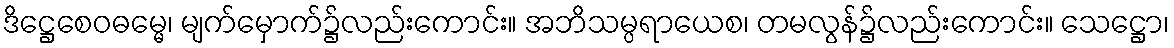
ဒိဋ္ဌေစေဝဓမ္မေ၊ မျက်မှောက်၌လည်းကောင်း။ အဘိသမ္ပရာယေစ၊ တမလွန်၌လည်းကောင်း။ သေဋ္ဌော၊